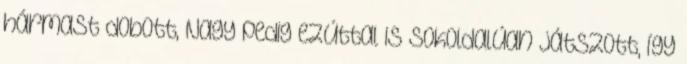
hármast dobott, Nagy pedig ezúttal is sokoldalúan játszott, így